Report of an investigation of the epidemic of malarial fever in Assam, or, kala-azar
Disease focus: Malaria
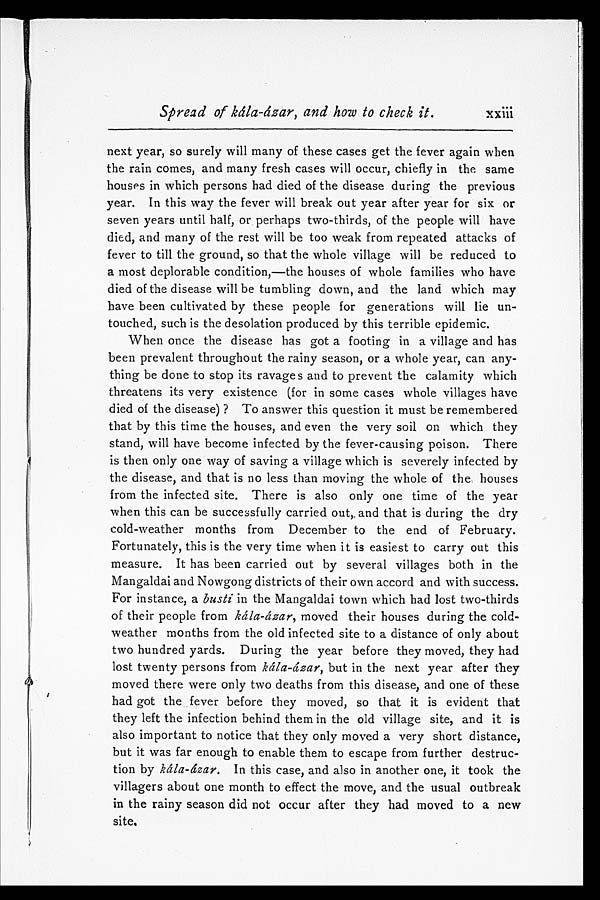
Spread of kála-ázar, and how to check it. xxiii
next year, so surely will many of these cases get the fever again when
the rain comes, and many fresh cases will occur, chiefly in the same
houses in which persons had died of the disease during the previous
year. In this way the fever will break out year after year for six or
seven years until half, or perhaps two-thirds, of the people will have
died, and many of the rest will be too weak from repeated attacks of
fever to till the ground, so that the whole village will be reduced to
a most deplorable condition,—the houses of whole families who have
died of the disease will be tumbling down, and the land which may
have been cultivated by these people for generations will lie un--
touched, such is the desolation produced by this terrible epidemic.
When once the disease has got a footing in a village and has
been prevalent throughout the rainy season, or a whole year, can any--
thing be done to stop its ravages and to prevent the calamity which
threatens its very existence (for in some cases whole villages have
died of the disease)? To answer this question it must be remembered
that by this time the houses, and even the very soil on which they
stand, will have become infected by the fever-causing poison. There
is then only one way of saving a village which is severely infected by
the disease, and that is no less than moving the whole of the houses
from the infected site. There is also only one time of the year
when this can be successfully carried out, and that is during the dry
cold-weather months from December to the end of February.
Fortunately, this is the very time when it is easiest to carry out this
measure. It has been carried out by several villages both in the
Mangaldai and Nowgong districts of their own accord and with success.
For instance, a busti in the Mangaldai town which had lost two-thirds
of their people from kála-ázar, moved their houses during the cold-
weather months from the old infected site to a distance of only about
two hundred yards. During the year before they moved, they had
lost twenty persons from kála-ázar, but in the next year after they
moved there were only two deaths from this disease, and one of these
had got the fever before they moved, so that it is evident that
they left the infection behind them in the old village site, and it is
also important to notice that they only moved a very short distance,
but it was far enough to enable them to escape from further destruc-
tion by kála-ázar. In this case, and also in another one, it took the
villagers about one month to effect the move, and the usual outbreak
in the rainy season did not occur after they had moved to a new
site.